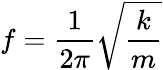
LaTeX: f={\frac{1}{2\pi}}{\sqrt{\frac{k}{m}}}